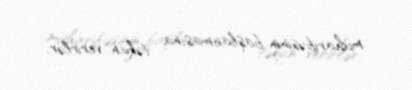
müharibəsinin başlanmasına təkan verirlər.